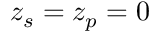
z _ { s } = z _ { p } = 0